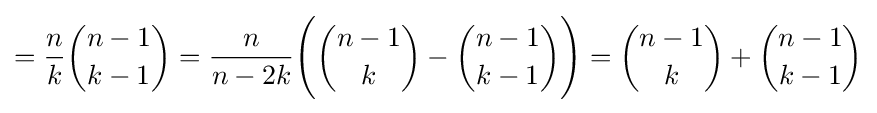
={\frac {n}{k}}{\binom {n-1}{k-1}}={\frac {n}{n-2k}}{\Bigg (}{\binom {n-1}{k}}-{\binom {n-1}{k-1}}{\Bigg )}={\binom {n-1}{k}}+{\binom {n-1}{k-1}}